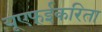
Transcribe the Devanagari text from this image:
यूएफ्ईकरिता